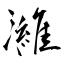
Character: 濰